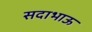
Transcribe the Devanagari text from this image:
सदाभाऊ